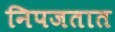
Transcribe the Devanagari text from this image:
निपजतात